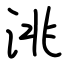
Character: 洮